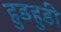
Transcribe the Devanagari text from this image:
हुडहुडी